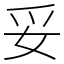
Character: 妥